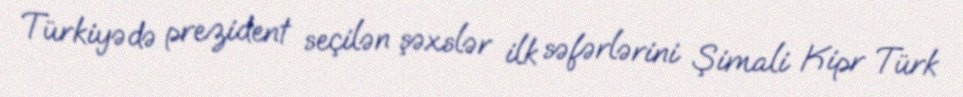
Türkiyədə prezident seçilən şəxslər ilk səfərlərini Şimali Kipr Türk